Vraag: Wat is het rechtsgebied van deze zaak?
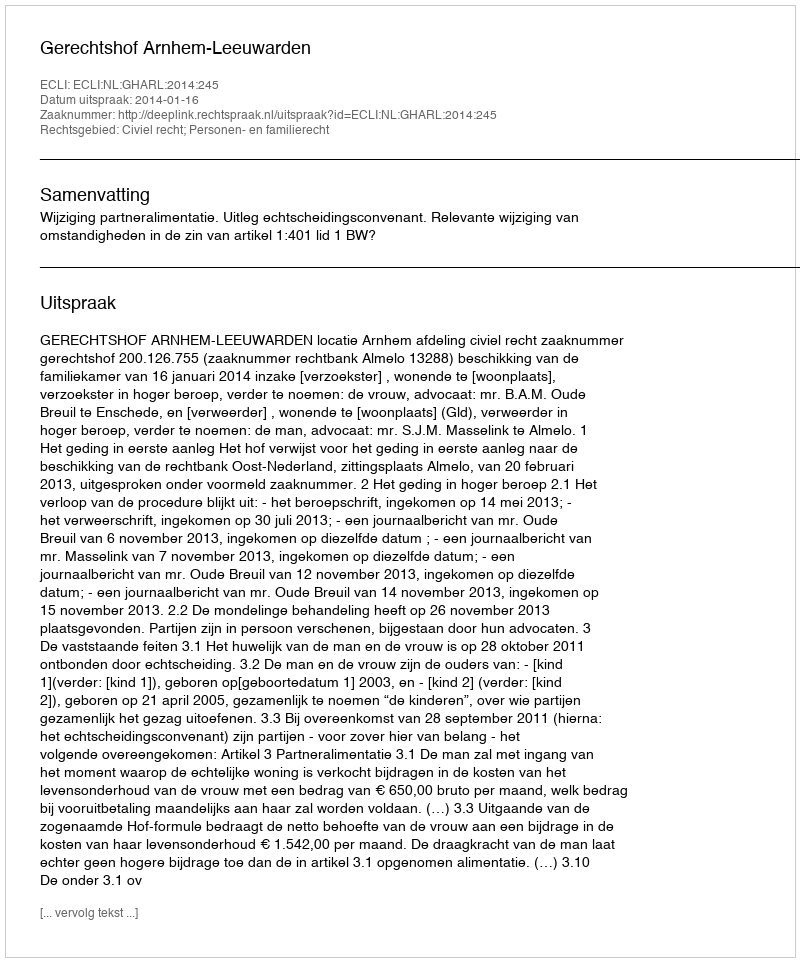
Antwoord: Civiel recht; Personen- en familierecht